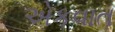
એકવાત